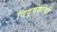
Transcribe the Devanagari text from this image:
विदूषकांची